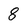
Character: 8